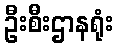
ဦးစီးဌာနရုံး